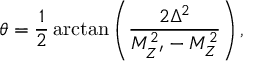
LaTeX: \theta = \frac { 1 } { 2 } \arctan \left( \frac { 2 \Delta ^ { 2 } } { M _ { Z ^ { \prime } } ^ { 2 } - M _ { Z } ^ { 2 } } \right) ,